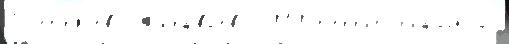
П'етр'яjево Жиравл'ево 2010 т'ерр'итор'иа́льного